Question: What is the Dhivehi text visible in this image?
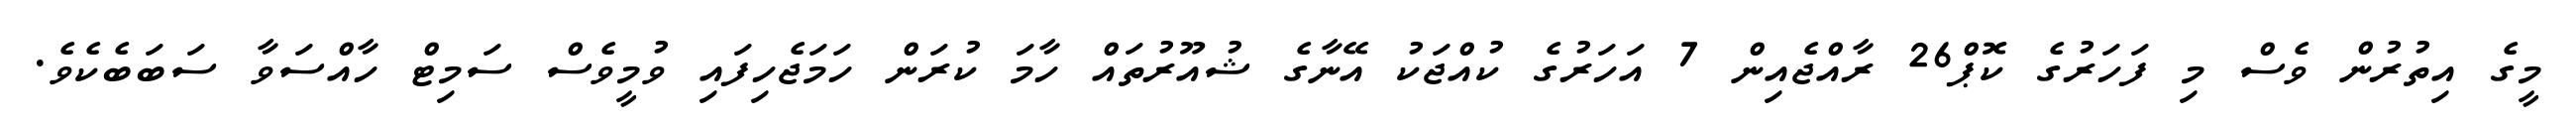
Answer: މީގެ އިތުރުން ވެސް މި ފަހަރުގެ ކޮޕް26 ރާއްޖެއިން 7 އަހަރުގެ ކުއްޖަކު އޭނާގެ ޝުއޫރުތައް ހާމަ ކުރަން ހަމަޖެހިފައި ވުމީވެސް ސަމިޓް ހާއްސަވާ ސަބަބެކެވެ.